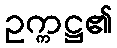
ဥက္ကဋ္ဌ၏